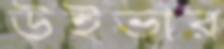
উইভার